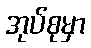
အုပ်စုမှာ